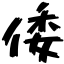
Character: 倭